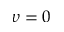
\upsilon = 0